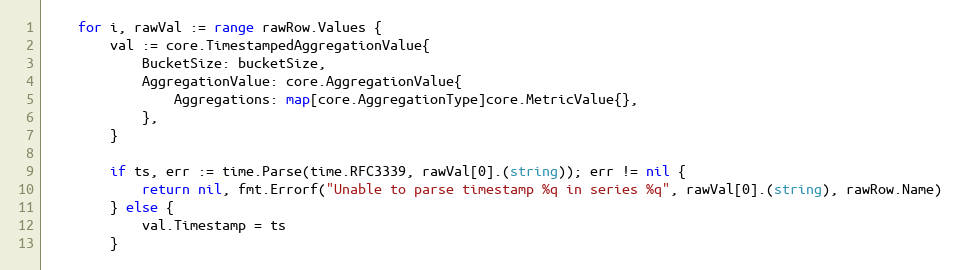
Language: Go
	for i, rawVal := range rawRow.Values {
		val := core.TimestampedAggregationValue{
			BucketSize: bucketSize,
			AggregationValue: core.AggregationValue{
				Aggregations: map[core.AggregationType]core.MetricValue{},
			},
		}

		if ts, err := time.Parse(time.RFC3339, rawVal[0].(string)); err != nil {
			return nil, fmt.Errorf("Unable to parse timestamp %q in series %q", rawVal[0].(string), rawRow.Name)
		} else {
			val.Timestamp = ts
		}